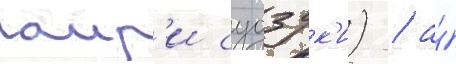
аир'и судзук'и) / а́